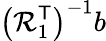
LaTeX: \left(\mathcal{R}_{1}^{\textsf{{T}}}\right)^{-1}b